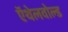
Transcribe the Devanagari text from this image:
ऍथेलवोल्ड